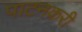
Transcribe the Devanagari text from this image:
पाटनकरी